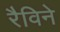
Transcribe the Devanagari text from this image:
रैविने